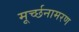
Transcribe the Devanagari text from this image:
मूर्च्छनामरण